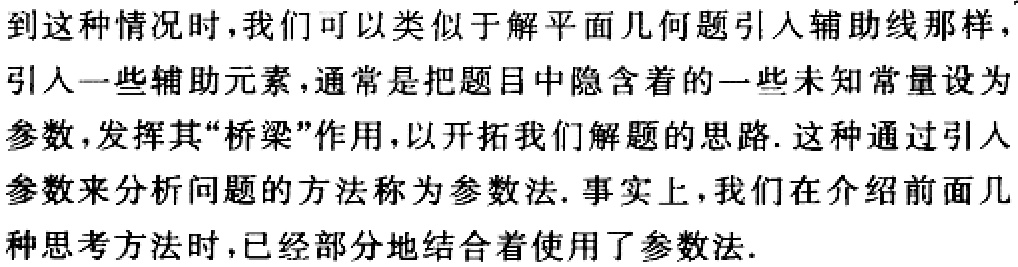
到这种情况时，我们可以类似于解平面几何题引人辅助线那样，引人一些辅助元素，通常是把题目中隐含着的一些未知常量设为参数，发挥其“桥梁”作用，以开拓我们解题的思路. 这种通过引人参数来分析问题的方法称为参数法. 事实上，我们在介绍前面几种思考方法时，已经部分地结合着使用了参数法.